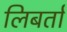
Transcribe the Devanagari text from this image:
लिबर्ता